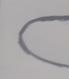
Signature authenticity: forged